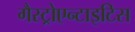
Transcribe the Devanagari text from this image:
गैस्ट्रोएन्टाइटिस